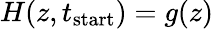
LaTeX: H(z,t_{\mathrm{start}})=g(z)